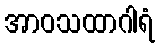
အာဝသထာဂါရံ